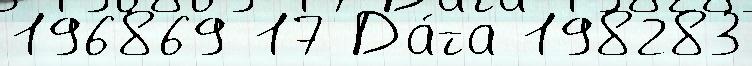
196869 17 Да́та 198283